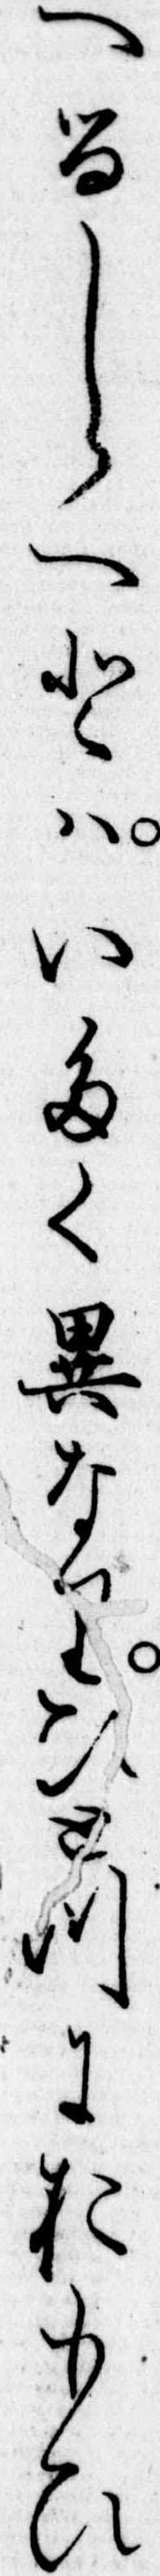
へるしらへとはいたく異なりひとつにおもひ